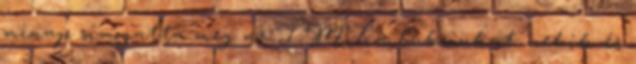
minap símogatta meg az IMF a buksinkat. nekik és